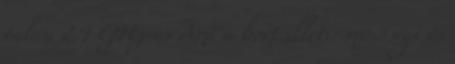
talán 2.4 GHz-es Ami a bort illeti: minőségi és